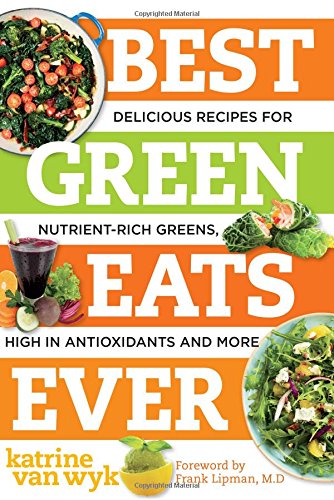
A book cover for Best Green Eats Ever: Delicious Recipes for Nutrient-Rich Leafy Greens, High in Antioxidants and More (Best Ever); Katrine Van Wyk; Health, Fitness & Dieting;